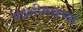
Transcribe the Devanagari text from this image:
काशीमधल्या